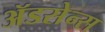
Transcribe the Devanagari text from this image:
ॲडसेन्स